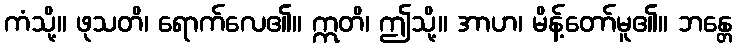
ကံသို့။ ဖုသတိ၊ ရောက်လေ၏။ ဣတိ၊ ဤသို့။ အာဟ၊ မိန့်တော်မူ၏။ ဘန္တေ